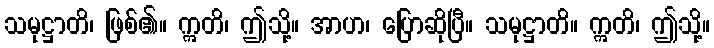
သမုဋ္ဌာတိ၊ ဖြစ်၏။ ဣတိ၊ ဤသို့။ အာဟ၊ ပြောဆိုပြီ။ သမုဋ္ဌာတိ။ ဣတိ၊ ဤသို့။